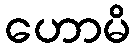
ဟောမိ